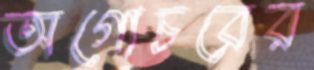
অগোচরের